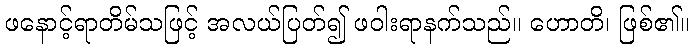
ဖနောင့်ရာတိမ်သဖြင့် အလယ်ပြတ်၍ ဖဝါးရာနက်သည်။ ဟောတိ၊ ဖြစ်၏။